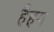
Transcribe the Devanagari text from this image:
हैहम